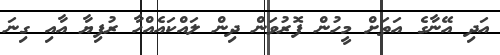
އަދި އޭނާގެ އަތަށް މީހުން ފޮރުވަން ދިން ލައްކައެއްހާ ރުފިޔާ އާއި ގިނަ